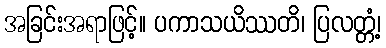
အခြင်းအရာဖြင့်။ ပကာသယိဿတိ၊ ပြလတ္တံ့၊